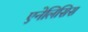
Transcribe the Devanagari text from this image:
एनेलिसिस